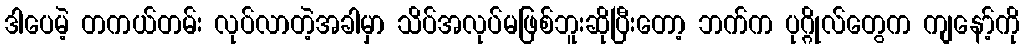
ဒါပေမဲ့ တကယ်တမ်း လုပ်လာတဲ့အခါမှာ သိပ်အလုပ်မဖြစ်ဘူးဆိုပြီးတော့ ဘက်က ပုဂ္ဂိုလ်တွေက ကျနော့်ကို